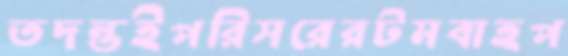
তদন্তইপরিসরেরটমবাহপ